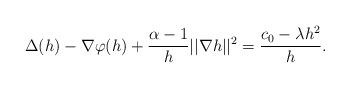
LaTeX: \begin{align*}\Delta(h)-\nabla\varphi(h)+\frac{\alpha-1}{h}||\nabla h||^2=\frac{c_0-\lambda h^2}{h}.\end{align*}